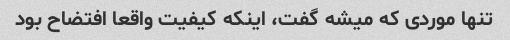
تنها موردی که میشه گفت، اینکه کیفیت واقعا افتضاح بود